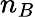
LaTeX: n_{B}